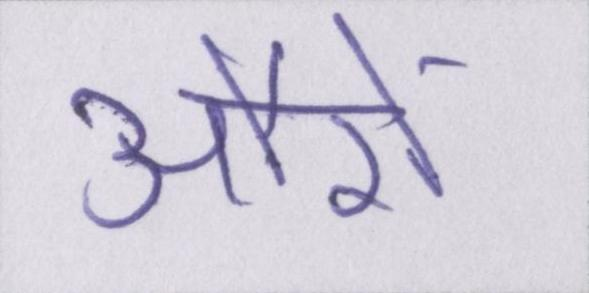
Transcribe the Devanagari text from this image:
औरों